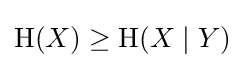
\mathrm {H} (X)\geq \mathrm {H} (X\mid Y)